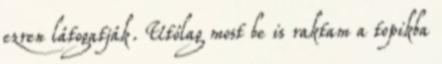
ezren látogatják. Utólag most be is raktam a topikba